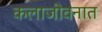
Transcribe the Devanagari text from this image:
कलाजीवनात